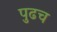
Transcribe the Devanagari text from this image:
पुढच